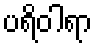
ပရိဝါရာ